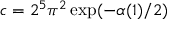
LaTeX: c = 2 ^ { 5 } { \pi } ^ { 2 } \exp ( - \alpha ( 1 ) / 2 )